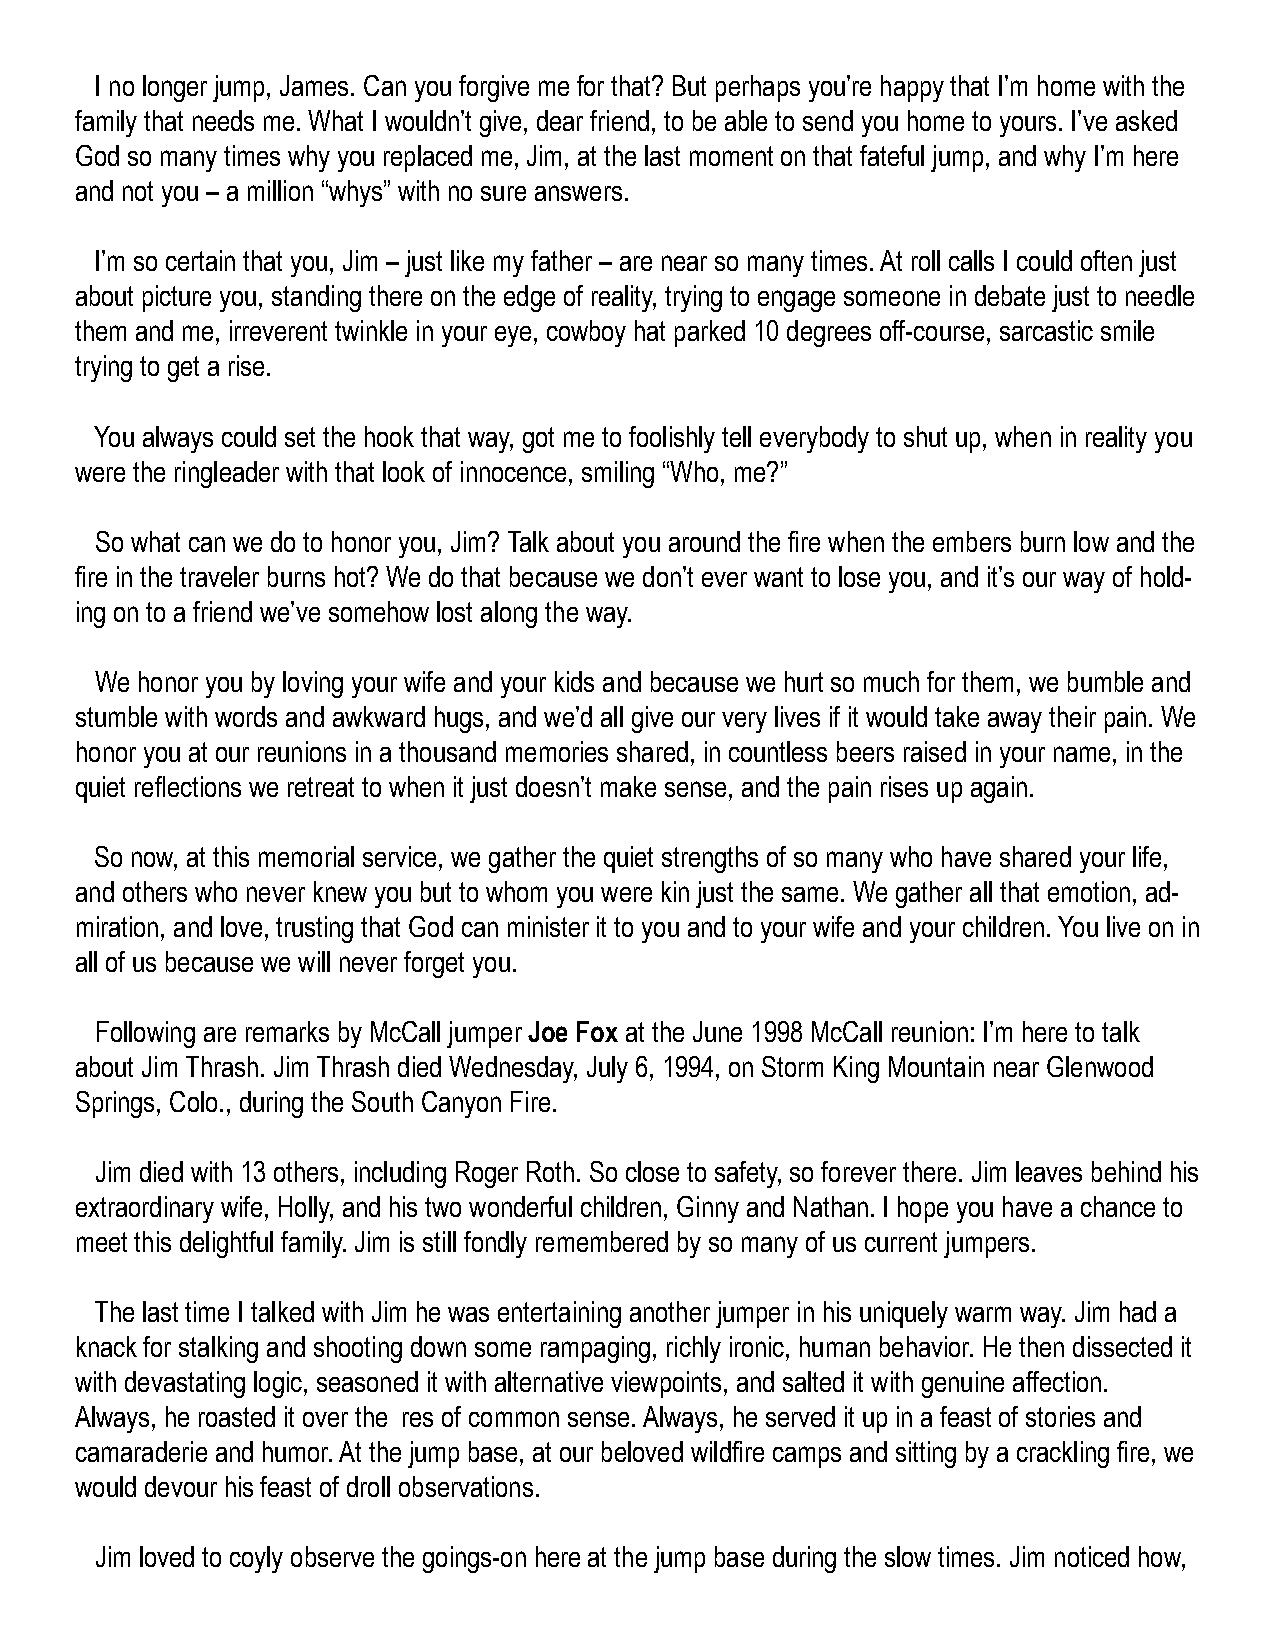
I no longer jump, James. Can you forgive me for that? But perhaps you’re happy that I’m home with the
 family that needs me. What I wouldn’t give, dear friend, to be able to send you home to yours. I’ve asked
 God so many times why you replaced me, Jim, at the last moment on that fateful jump, and why I’m here
 and not you – a million “whys” with no sure answers.
 I’m so certain that you, Jim – just like my father – are near so many times. At roll calls I could often just
 about picture you, standing there on the edge of reality, trying to engage someone in debate just to needle
 them and me, irreverent twinkle in your eye, cowboy hat parked 10 degrees off-course, sarcastic smile
 trying to get a rise.
 You always could set the hook that way, got me to foolishly tell everybody to shut up, when in reality you
 were the ringleader with that look of innocence, smiling “Who, me?”
 So what can we do to honor you, Jim? Talk about you around the fire when the embers burn low and the
 fire in the traveler burns hot? We do that because we don’t ever want to lose you, and it’s our way of hold-
 ing on to a friend we’ve somehow lost along the way.
 We honor you by loving your wife and your kids and because we hurt so much for them, we bumble and
 stumble with words and awkward hugs, and we’d all give our very lives if it would take away their pain. We
 honor you at our reunions in a thousand memories shared, in countless beers raised in your name, in the
 quiet reflections we retreat to when it just doesn’t make sense, and the pain rises up again.
 So now, at this memorial service, we gather the quiet strengths of so many who have shared your life,
 and others who never knew you but to whom you were kin just the same. We gather all that emotion, ad-
 miration, and love, trusting that God can minister it to you and to your wife and your children. You live on in
 all of us because we will never forget you.
 Following are remarks by McCall jumper Joe Fox at the June 1998 McCall reunion: I’m here to talk
 about Jim Thrash. Jim Thrash died Wednesday, July 6, 1994, on Storm King Mountain near Glenwood
 Springs, Colo., during the South Canyon Fire.
 Jim died with 13 others, including Roger Roth. So close to safety, so forever there. Jim leaves behind his
 extraordinary wife, Holly, and his two wonderful children, Ginny and Nathan. I hope you have a chance to
 meet this delightful family. Jim is still fondly remembered by so many of us current jumpers.
 The last time I talked with Jim he was entertaining another jumper in his uniquely warm way. Jim had a
 knack for stalking and shooting down some rampaging, richly ironic, human behavior. He then dissected it
 with devastating logic, seasoned it with alternative viewpoints, and salted it with genuine affection.
 Always, he roasted it over the res of common sense. Always, he served it up in a feast of stories and
 camaraderie and humor. At the jump base, at our beloved wildfire camps and sitting by a crackling fire, we
 would devour his feast of droll observations.
 Jim loved to coyly observe the goings-on here at the jump base during the slow times. Jim noticed how,